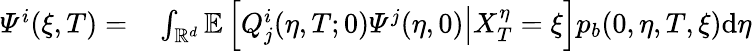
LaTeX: \begin{array}{rl}{\varPsi^{i}(\xi,T)=}&{{}\int_{\mathbb{R}^{d}}\mathbb{E}\left[\left.Q_{j}^{i}(\eta,T;0)\varPsi^{j}(\eta,0)\right|X_{T}^{\eta}=\xi\right]p_{b}(0,\eta,T,\xi)\mathrm{d}\eta}\end{array}